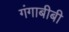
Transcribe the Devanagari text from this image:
गंगाबीबी